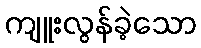
ကျူးလွန်ခဲ့သော